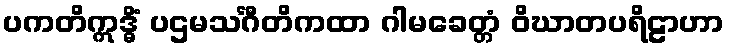
ပကတိဣဒ္ဓိံ ပဌမသင်္ဂီတိကထာ ဂါမခေတ္တံ ဝိဃာတပရိဠာဟာ